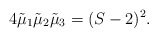
\begin{align*}4 \tilde{\mu}_1 \tilde{\mu}_2 \tilde{\mu}_3 = (S - 2)^2.\end{align*}